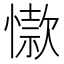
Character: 𢡜